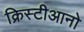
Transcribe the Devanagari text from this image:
क्रिस्टीआनो